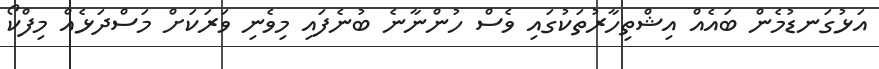
އަޅުގަނޑުމެން ބައެއް އިޝްތިހާރުތަކުގައި ވެސް ހުންނާނެ ބުނެފައި މިވެނި ވަރަކަށް މަސްދަޅެއް މިފްކޯ